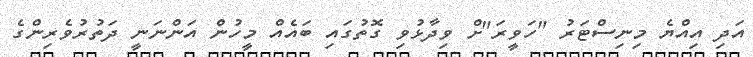
އަދި އިއްޔެ މިނިސްޓަރު "ހަވީރަ"ށް ވިދާޅުވި ގޮތުގައި ބައެއް މީހުން އަންނަނީ ދަތުރުވެރިންގެ